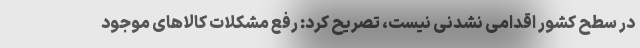
در سطح کشور اقدامی نشدنی نیست، تصریح کرد: رفع مشکلات کالاهای موجود